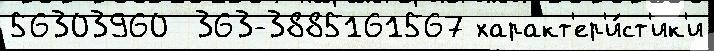
56303960  363-3885161567 характ'ер'и́ст'ик'и